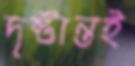
দৃষ্টান্তই